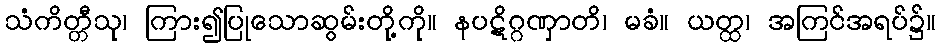
သံကိတ္တီသု၊ ကြား၍ပြုသောဆွမ်းတို့ကို။ နပဋိဂ္ဂဏှာတိ၊ မခံ။ ယတ္ထ၊ အကြင်အရပ်၌။